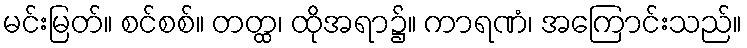
မင်းမြတ်။ စင်စစ်။ တတ္ထ၊ ထိုအရာ၌။ ကာရဏံ၊ အကြောင်းသည်။